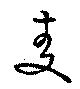
麦